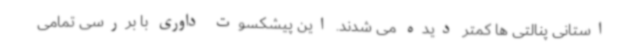
استانی پنالتی ها کمتر دیده می شدند. این پیشکسوت داوری با بررسی تمامی